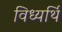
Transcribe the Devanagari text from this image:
विध्यर्थि